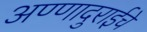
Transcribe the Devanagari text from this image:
अण्णादुराईचे